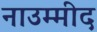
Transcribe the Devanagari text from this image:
नाउम्मीद